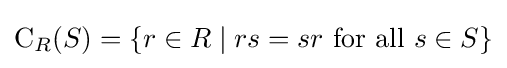
\mathrm {C} _{R}(S)=\{r\in R\mid rs=sr{\text{ for all }}s\in S\}